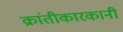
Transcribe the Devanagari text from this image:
क्रांतीकारकानी